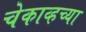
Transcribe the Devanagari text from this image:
चेकाव्हच्या